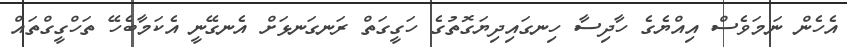
އެހެން ނަމަވެސް އިއްޔެގެ ހާދިސާ ހިނގައިދިޔަގޮތުގެ ހަގީގަތް ރަނގަނޅަށް އެނގޭނީ އެކަމާބެހޭ ތަހްގީގްތައް